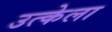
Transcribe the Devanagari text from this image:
उत्केला